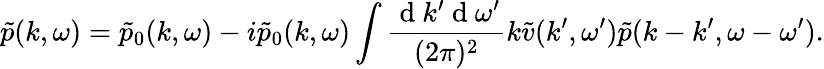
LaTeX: \tilde{p}(k,\omega)=\tilde{p}_{0}(k,\omega)-i\tilde{p}_{0}(k,\omega)\int\frac{\mathrm{~d~}k^{\prime}\mathrm{~d~}\omega^{\prime}}{(2\pi)^{2}}k\tilde{v}(k^{\prime},\omega^{\prime})\tilde{p}(k-k^{\prime},\omega-\omega^{\prime}).